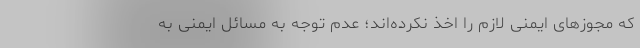
که مجوزهای ایمنی لازم را اخذ نکرده‌اند؛ عدم توجه به مسائل ایمنی به